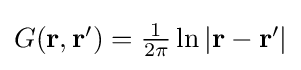
{\textstyle G(\mathbf {r} ,\mathbf {r} ')={\frac {1}{2\pi }}\ln \left|\mathbf {r} -\mathbf {r} '\right|}